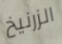
الزرنيخ